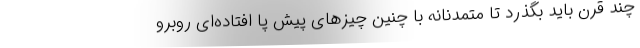
چند قرن باید بگذرد تا متمدنانه با چنین چیزهای پیش پا افتاده‌ای روبرو